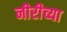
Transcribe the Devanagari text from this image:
नीरीच्या